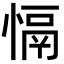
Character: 𢡍